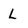
Character: L